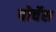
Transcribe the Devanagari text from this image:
पोर्चेस